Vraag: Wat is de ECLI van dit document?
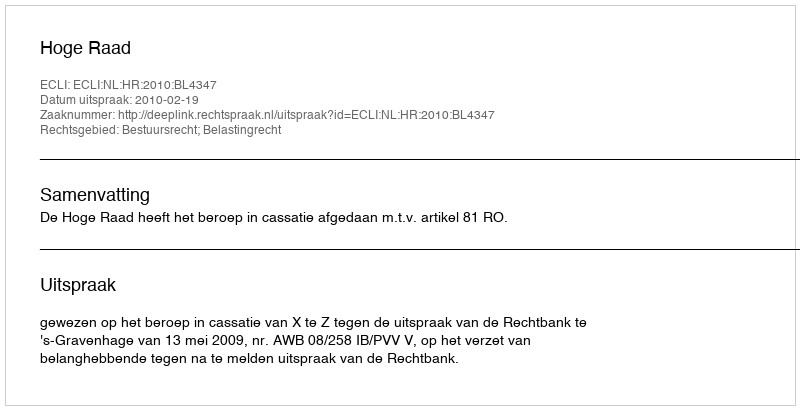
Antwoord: ECLI:NL:HR:2010:BL4347